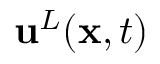
{ \mathbf { u } } ^ { L } ( { \mathbf { x } } , t )